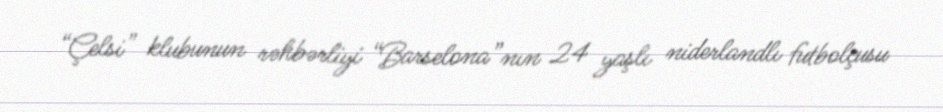
“Çelsi” klubunun rəhbərliyi “Barselona”nın 24 yaşlı niderlandlı futbolçusu